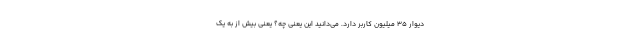
دیوار ۳۵ میلیون کاربر دارد. می‌دانید این یعنی چه؟ یعنی بیش از به یک